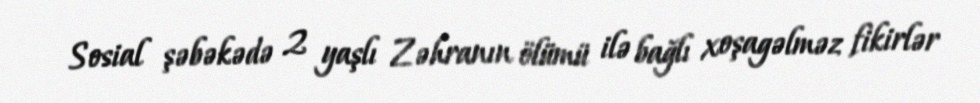
Sosial şəbəkədə 2 yaşlı Zəhranın ölümü ilə bağlı xoşagəlməz fikirlər